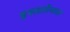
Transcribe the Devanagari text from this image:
इस्लातेमाल